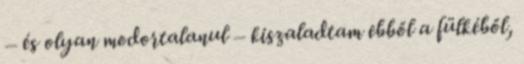
– és olyan modortalanul – kiszaladtam ebből a fülkéből,